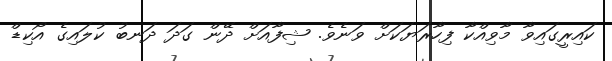
ކައިރީގައިވާ މާވިއްކާ ފިހާރަޔަކަށް ވަނެވެ. ޝިފާއަށް ދޭން ގަދަ ދަނބު ކުލައިގެ އޯކިޑް